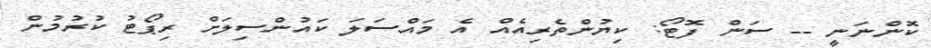
ކޮންނަނީ -- ސަން ފޮޓޯ: ކިޔުންތެރިއެއް އެ މައްސަލަ ކައުންސިލަށް ރިޕޯޓު ކުރުމުން